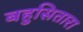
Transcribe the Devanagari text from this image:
बहुसितारा